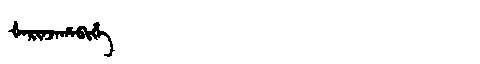
Manchu: ᡧᠠᡵᡳᠨᠵᠠᡥᠠᠪᡳᡥᡝ
Romanization: ŠARINJAHABIHE